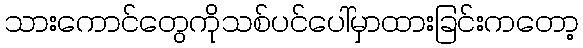
သားကောင်တွေကိုသစ်ပင်ပေါ်မှာထားခြင်းကတော့